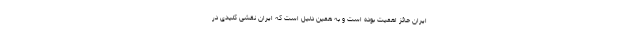
ایران حائز اهمیت بوده است و به همین دلیل است که ایران نقشی کلیدی در